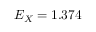
E _ { X } = 1 . 3 7 4